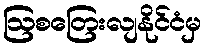
ဩစတြေးလျနိုင်ငံမှ